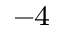
^ { - 4 }